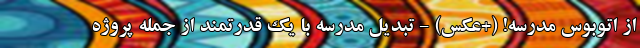
از اتوبوس مدرسه! (+عکس) - تبدیل مدرسه با یک قدرتمند از جمله پروژه